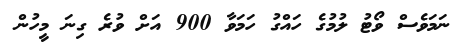
ނަމަވެސް ވޯޓު ލުމުގެ ހައްގު ހަމަވާ 900 އަށް ވުރެ ގިނަ މީހުން